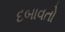
દબાવતો